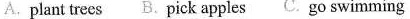
A. plant trees B. Pick apples C. Go swimming